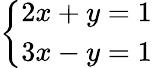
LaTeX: \textstyle{\left\{ \begin{array}{ll}{2x+y=1}\\ {3x-y=1}\end{array}\right.}